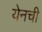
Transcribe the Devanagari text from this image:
येनची